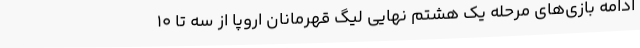
ادامه بازی‌های مرحله یک هشتم نهایی لیگ قهرمانان اروپا از سه تا 10